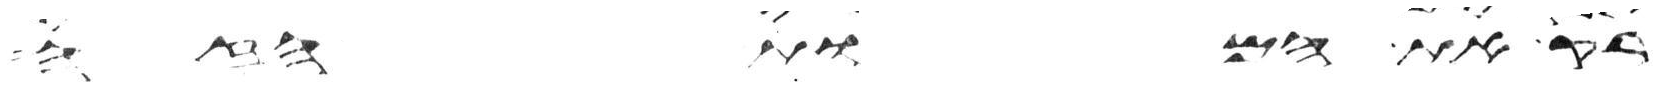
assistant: רק את המות הזה